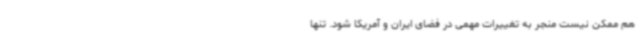
هم ممکن نیست منجر به تغییرات مهمی در فضای ایران و آمریکا شود. تنها